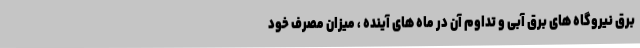
برق نیروگاه های برق آبی و تداوم آن در ماه های آینده ، میزان مصرف خود